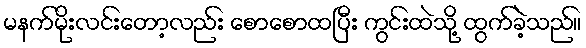
မနက်မိုးလင်းတော့လည်း စောစောထပြီး ကွင်းထဲသို့ ထွက်ခဲ့သည်။